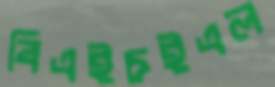
বিএইচইএল